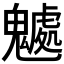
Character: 𩴘